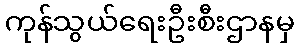
ကုန်သွယ်ရေးဦးစီးဌာနမှ